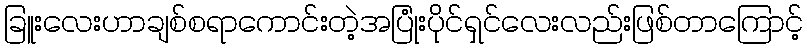
ခြူးလေးဟာချစ်စရာကောင်းတဲ့အပြုံးပိုင်ရှင်လေးလည်းဖြစ်တာကြောင့်